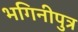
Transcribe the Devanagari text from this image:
भगिनीपुत्र